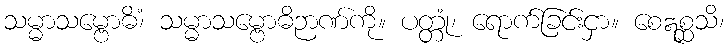
သမ္မာသမ္ဗောဓိံ၊ သမ္မာသမ္ဗောဓိဉာဏ်ကို။ ပတ္တုံ၊ ရောက်ခြင်းငှာ။ စေဣစ္ဆသိ၊